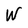
Character: W